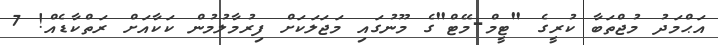
އަޙްމަދު މުޖްތަބާ ކުރީގެ "ޓީމް-މޭޓް"ގެ މޫނުގައި މަޖަލަކަށް ފިރުމާލުމުން ކަކާއަށް ރަތްކާޑެއް! 7